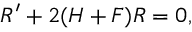
{ \cal R } ^ { \prime } + 2 ( { \cal H } + { \cal F } ) { \cal R } = 0 ,